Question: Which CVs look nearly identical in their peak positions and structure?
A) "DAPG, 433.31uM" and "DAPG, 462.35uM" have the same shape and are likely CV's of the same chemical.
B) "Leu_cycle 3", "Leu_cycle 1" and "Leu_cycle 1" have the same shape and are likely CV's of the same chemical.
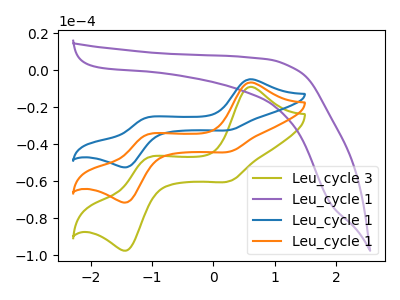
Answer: <think>The olive curve "Leu_cycle 3" has anodic peaks at (0.60V, -8.90uA) (-1.10V, -47.75uA) and cathodic peaks at (0.30V, -59.80uA) (-1.40V, -97.20uA). The purple curve "Leu_cycle 1" has no peaks. The blue curve "Leu_cycle 1" has anodic peaks at (0.60V, -13.05uA) (-1.10V, -70.00uA) and cathodic peaks at (0.30V, -87.70uA) (-1.40V, -142.55uA). The orange curve "Leu_cycle 1" has anodic peaks at (0.60V, -6.55uA) (-1.10V, -35.00uA) and cathodic peaks at (0.30V, -43.85uA) (-1.40V, -71.25uA).
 "Leu_cycle 3" and "Leu_cycle 1" have a different number of peaks. All the peaks in "Leu_cycle 3" have a peak in "Leu_cycle 1" at the same potential. All the peaks in "Leu_cycle 3" have a peak in "Leu_cycle 1" at the same potential. "Leu_cycle 1" and "Leu_cycle 1" have a different number of peaks. "Leu_cycle 1" and "Leu_cycle 1" have a different number of peaks. All the peaks in "Leu_cycle 1" have a peak in "Leu_cycle 1" at the same potential.</think>
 <answer>B) "Leu_cycle 3", "Leu_cycle 1" and "Leu_cycle 1" have the same shape and are likely CV's of the same chemical.</answer>
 <eval>B</eval>